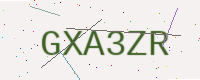
Text: GXA3ZR